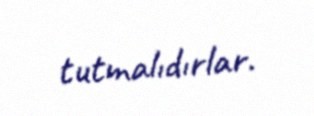
tutmalıdırlar.